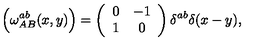
\Bigl ( \omega _ { A B } ^ { a b } ( x , y ) \Bigr ) = \left( \begin{array} { c c } { 0 } & { - 1 } \\ { 1 } & { 0 } \\ \end{array} \right) \delta ^ { a b } \delta ( x - y ) ,